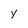
Character: Y